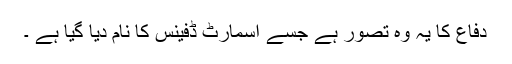
دفاع کا یہ وہ تصور ہے جسے اسمارٹ ڈفینس کا نام دیا گیا ہے ۔